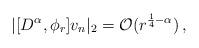
LaTeX: \begin{align*} |[D^{\alpha},\phi_r]v_n |_2 =\mathcal{O}(r^{\frac14-\alpha}) \, ,\end{align*}